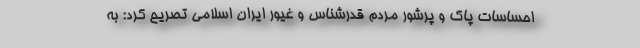
احساسات پاک و پرشور مردم قدرشناس و غیور ایران اسلامی تصریح کرد: به